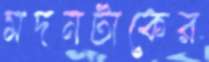
মদনটাকের